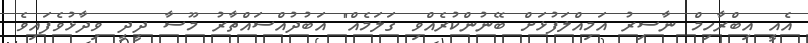
އެއީ އިބްރާހިމް ނާސިރު އަމިއްލަފުޅަށް ބޭނުންކުރެއްވި ގަލަމެއް" އަބުދުއްސައްތާރު މޫސާ ދީދީ ވިދާޅުވެފައިވެ